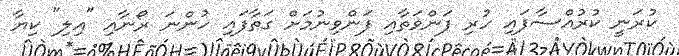
ކުރަނީ ކުރުއްސާފައި ހުރި ފަންވަތާއި ފަންވިނުމަށް ގަތާފައި ހުންނަ ރޯނާއި "އިލި" ކިޔާ